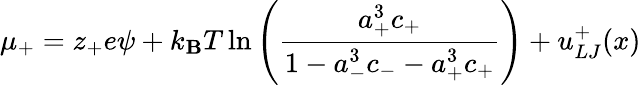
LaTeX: \mu_{+}=z_{+}e\psi+k_{\mathbf{B}}T\ln\left({\frac{{a_{+}^{3}c_{+}}}{{1-a_{-}^{3}c_{-}-a_{+}^{3}c_{+}}}}\right)+u_{LJ}^{+}(x)